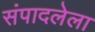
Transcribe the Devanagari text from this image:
संपादलेला